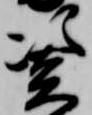
憑